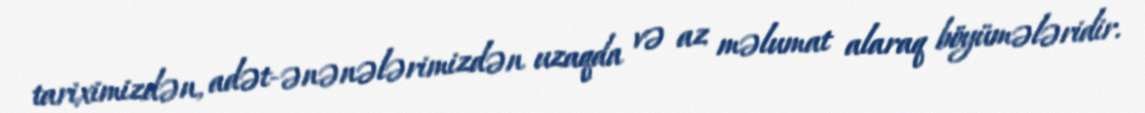
tariximizdən, adət-ənənələrimizdən uzaqda və az məlumat alaraq böyümələridir.